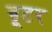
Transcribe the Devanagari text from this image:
बूटर